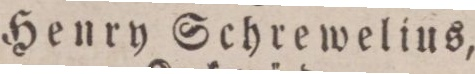
Henry Schrewelius,